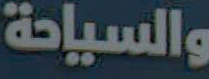
والسياحة